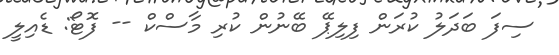
ސިފަ ބަދަލު ކުރަން ފިލިޕޭ ބޭނުން ކުރި މާސްކް -- ފޮޓޯ: ޑެއިލީ